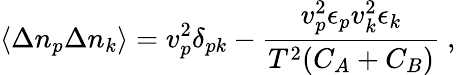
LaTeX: \langle\Delta n_{p}\Delta n_{k}\rangle={v}_{p}^{2}\delta_{pk}-{\frac{{v}_{p}^{2}\epsilon_{p}{v}_{k}^{2}\epsilon_{k}}{T^{2}(C_{A}+C_{B})}}\ ,